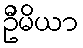
ဦမိယာ